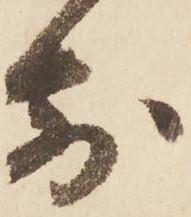
前